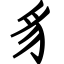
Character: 豸